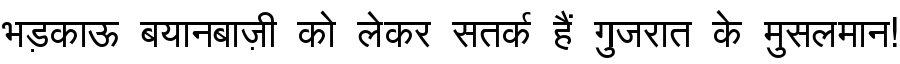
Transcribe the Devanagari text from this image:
भड़काऊ बयानबाज़ी को लेकर सतर्क हैं गुजरात के मुसलमान!